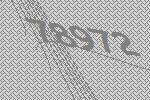
78972